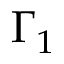
\Gamma _ { 1 }